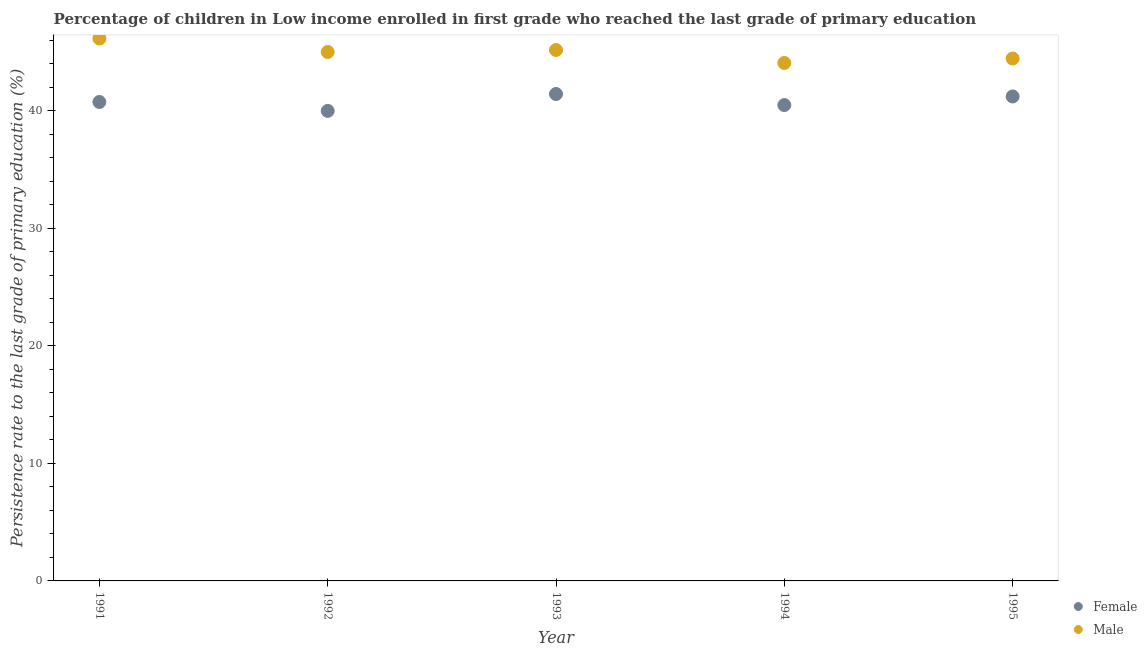
| Year | Female | Male |
 | --- | --- | --- |
 | 1991 | 40.8 | 46.2 |
 | 1992 | 40 | 45 |
 | 1993 | 41.4 | 45.2 |
 | 1994 | 40.5 | 44.1 |
 | 1995 | 41.2 | 44.5 |